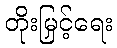
တိုးမြှင့်ရေး